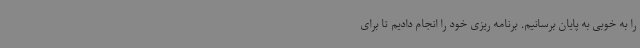
را به خوبی به پایان برسانیم. برنامه ریزی خود را انجام دادیم تا برای